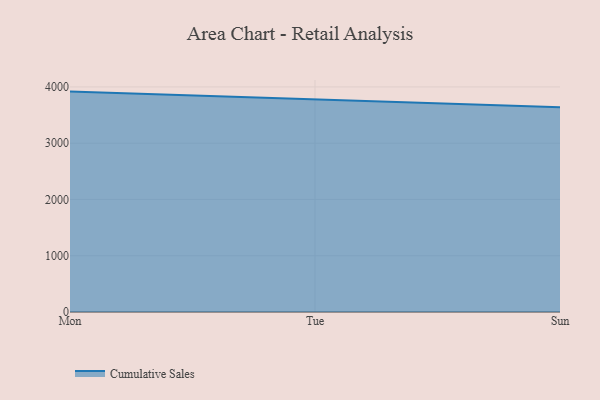
{"axis": {"x": "Day", "y": "Shipments"}, "legend": ["Cumulative Sales"], "data": [{"x": "Mon", "y": 3916.8, "type": "Cumulative Sales"}, {"x": "Tue", "y": 3776.3, "type": "Cumulative Sales"}, {"x": "Sun", "y": 3637.2, "type": "Cumulative Sales"}]}